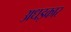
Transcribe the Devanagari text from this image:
अधइकार